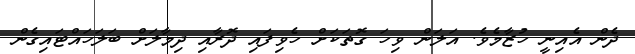
ދެން އެއިނީ ހުޒާމެވެ. އަލަން ވިހަ ގޮތަކަށް ހެވިފައި ދޮރާއި ދިމާލަށް ބަލަހައްޓައިގެން